Scottish Leaving Certificate Examination, 1961
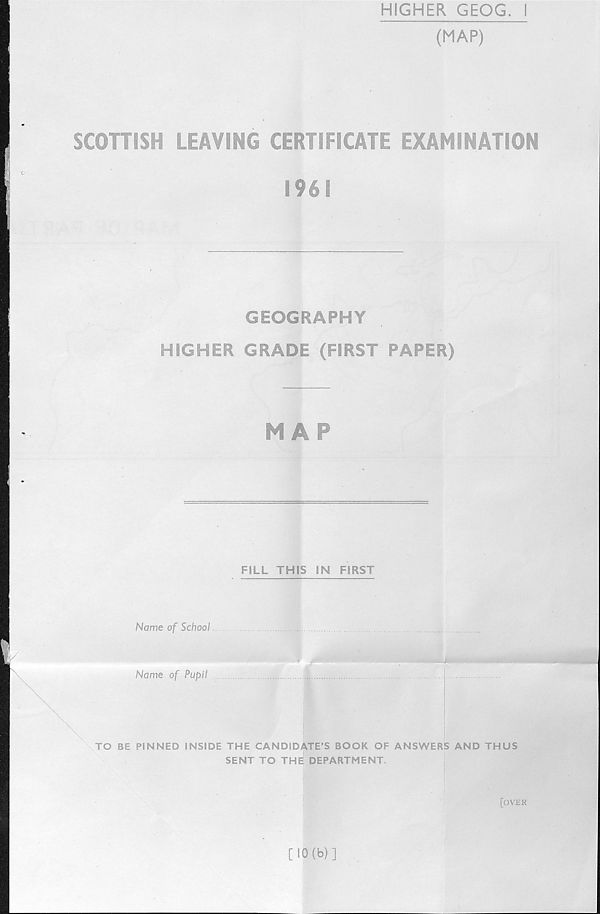
HIGHER GEOG. I
(MAP)
SCOHISH LEAVING CERTIFICATE EXAMINATION
1961
GEOGRAPHY
HIGHER GRADE (FIRST PAPER)
MAP
FILL THIS IN FIRST
Name of School
Name of Pupil
\
\.
TO BE PINNED INSIDE THE CANDIDATE’S BOOK OF ANSWERS AND THUS
SENT TO THE; DEPARTMENT.
[over
[10(b)]